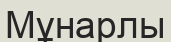
Мұнарлы